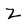
Character: Z